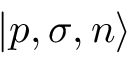
| p , \sigma , n \rangle